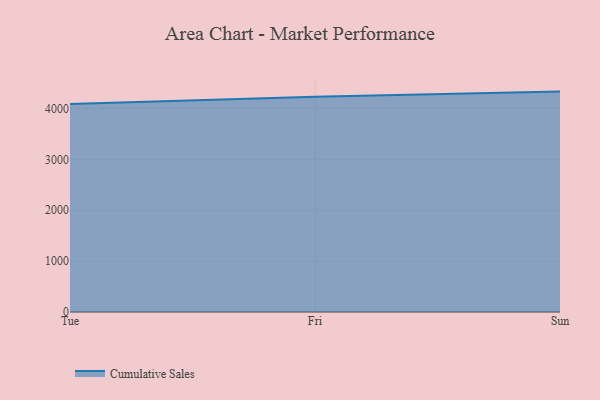
{"axis": {"x": "Day", "y": "Latency (ms)"}, "legend": ["Cumulative Sales"], "data": [{"x": "Tue", "y": 4086.2, "type": "Cumulative Sales"}, {"x": "Fri", "y": 4229.6, "type": "Cumulative Sales"}, {"x": "Sun", "y": 4330.4, "type": "Cumulative Sales"}]}